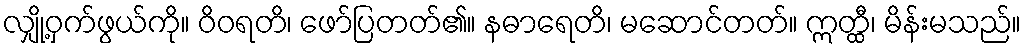
လျှို့ဝှက်ဖွယ်ကို။ ဝိဝရတိ၊ ဖော်ပြတတ်၏။ နဓာရေတိ၊ မဆောင်တတ်။ ဣတ္ထီ၊ မိန်းမသည်။